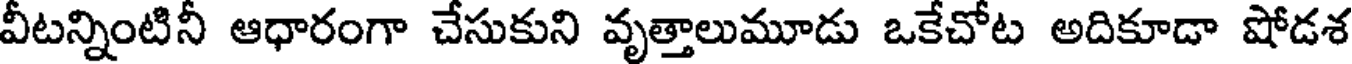
వీటన్నింటినీ ఆధారంగా చేసుకుని వృత్తాలుమూడు ఒకేచోట అదికూడా షోడశ